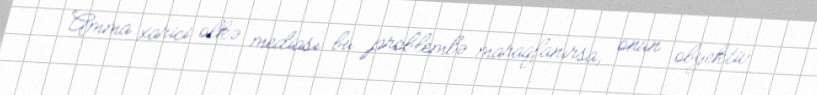
Amma xarici ölkə mediası bu problemlə maraqlanırsa, onun obyektiv